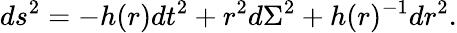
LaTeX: ds^{2}=-h(r)dt^{2}+r^{2}d\Sigma^{2}+h(r)^{-1}dr^{2}.